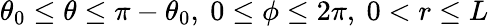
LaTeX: \theta_{0}\le\theta\le\pi-\theta_{0},\ 0\le\phi\le 2\pi,\ 0<r\le L